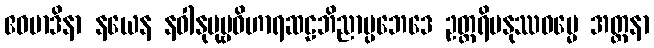
ဧဝမာဒိနာ နယေန နဝါနုပုဗ္ဗဝိဟာရဆဠဘိညာပ္ပဘေဒေ ဥတ္တရိမနုဿဓမ္မေ အတ္တနာ